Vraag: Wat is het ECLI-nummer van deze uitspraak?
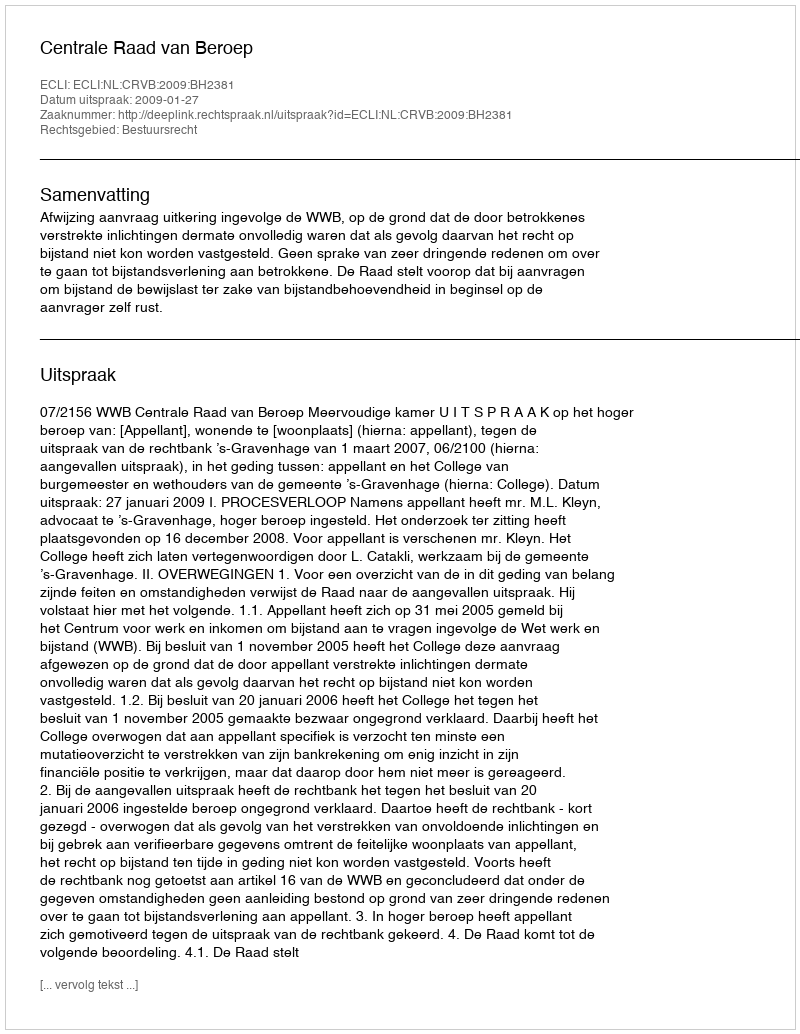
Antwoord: ECLI:NL:CRVB:2009:BH2381